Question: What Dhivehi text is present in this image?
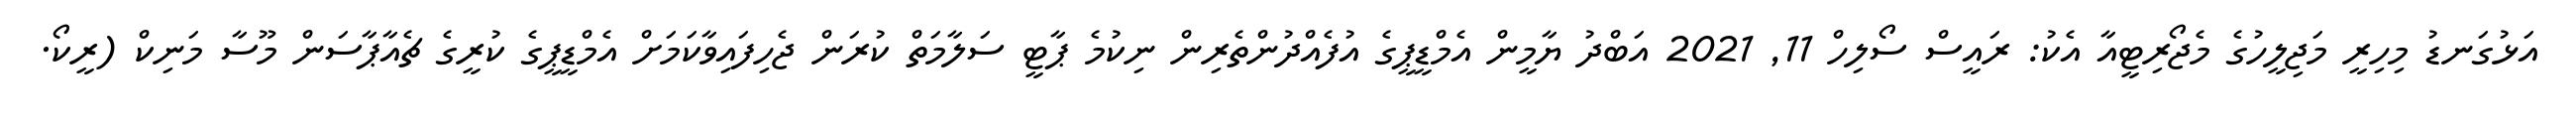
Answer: އަޅުގަނޑު މިހިރީ މަޖިލީހުގެ މެޖޯރިޓީއާ އެކު: ރައީސް ސޯލިހް 11, 2021 އަބްދު ޔާމީން އެމްޑީޕީގެ އުފެއްދުންތެރިން ނިކުމެ ޕާޓީ ސަލާމަތް ކުރަން ޖެހިފައިވާކަމަށް އެމްޑީޕީގެ ކުރީގެ ޗެއާޕާސަން މޫސާ މަނިކް (ރީކޯ.